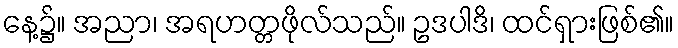
နေ့၌။ အညာ၊ အရဟတ္တဖိုလ်သည်။ ဥဒပါဒိ၊ ထင်ရှားဖြစ်၏။